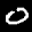
Label: 0